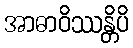
အာဓာဝိဿန္တိပိ